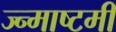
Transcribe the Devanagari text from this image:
ज्न्माष्टमी